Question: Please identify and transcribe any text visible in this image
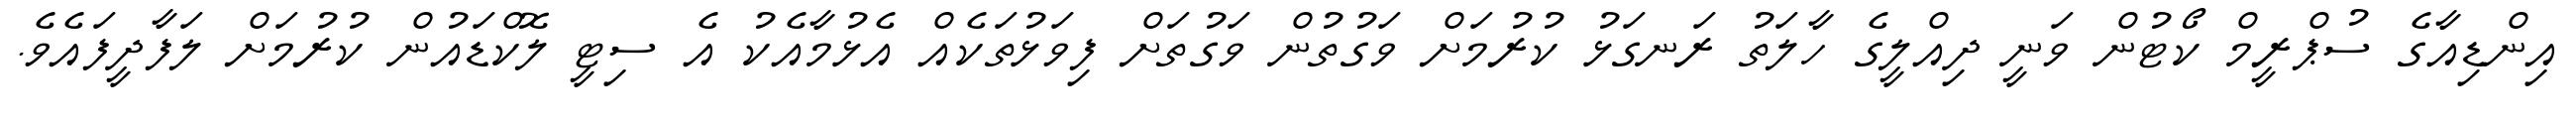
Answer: އިންޑިއާގެ ސުޕްރީމް ކޯޓުން ވަނީ ދިއްލީގެ ހާލަތު ރަނގަޅު ކުރުމަށް ވަގުތުން ވަގުތަށް ފިވަޅުތަކެއް އެޅުމާއެކު އެ ސިޓީ ލޮކްޑައުން ކުރުމަށް ލަފާދީފައެވެ.